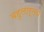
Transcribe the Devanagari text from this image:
बहुलार्तव